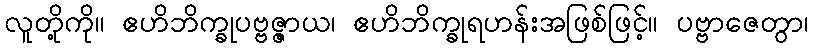
လူတို့ကို။ ဧဟိဘိက္ခုပဗ္ဗဇ္ဇာယ၊ ဧဟိဘိက္ခုရဟန်းအဖြစ်ဖြင့်။ ပဗ္ဗာဇေတွာ၊